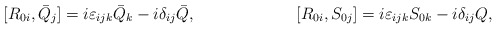
\begin{align*}[R_{0i},\bar{Q}_j]=i\varepsilon_{ijk}\bar{Q}_k-i\delta_{ij}\bar{Q},\hspace{1in}[R_{0i},S_{0j}]=i\varepsilon_{ijk}S_{0k}-i\delta_{ij}Q,\end{align*}